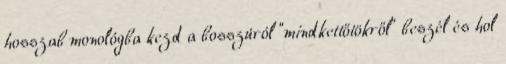
hosszab monológba kezd a bosszúról “mindkettőtökről” beszél és hol